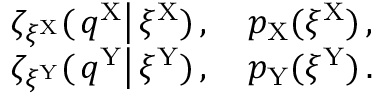
\begin{array} { r } { \zeta _ { \xi ^ { \mathrm { X } } } ( \left. q ^ { \mathrm { X } } \right| \xi ^ { \mathrm { X } } ) \, , \quad p _ { \mathrm { X } } ( \xi ^ { \mathrm { X } } ) \, , } \\ { \zeta _ { \xi ^ { \mathrm { Y } } } ( \left. q ^ { \mathrm { Y } } \right| \xi ^ { \mathrm { Y } } ) \, , \quad p _ { \mathrm { Y } } ( \xi ^ { \mathrm { Y } } ) \, . } \end{array}